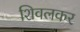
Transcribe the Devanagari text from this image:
शिवलकर